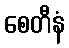
စေတီနံ